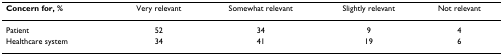
| Concern for, % | Very relevant | Somewhat relevant | Slightly relevant | Not relevant |
 | --- | --- | --- | --- | --- |
 | Patient | 52 | 34 | 9 | 4 |
 | Healthcare system | 34 | 41 | 19 | 6 |